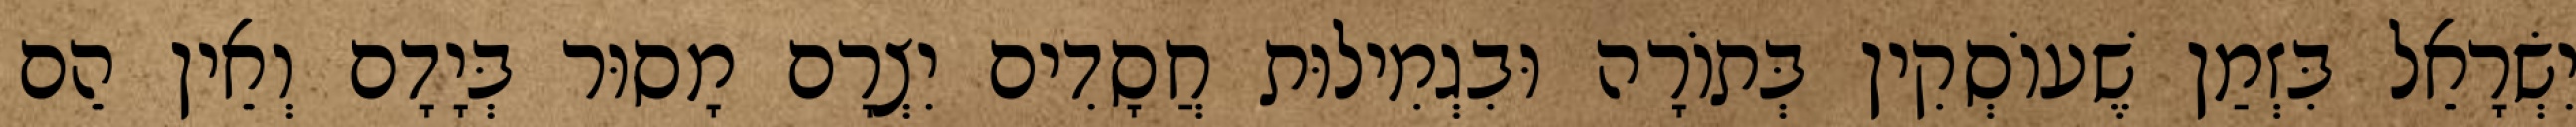
יִשְׂרָאֵל בִּזְמַן שֶׁעוֹסְקִין בְּתוֹרָה וּבִגְמִילוּת חֲסָדִים יִצְרָם מָסוּר בְּיָדָם וְאֵין הֵם